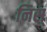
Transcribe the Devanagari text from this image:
निस्‌